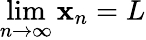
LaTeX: \lim\limits_{n\rightarrow\infty}\mathbf{x}_{n}=L